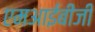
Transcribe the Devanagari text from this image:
एमआईबीजी